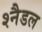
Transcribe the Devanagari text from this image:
श्नैडल